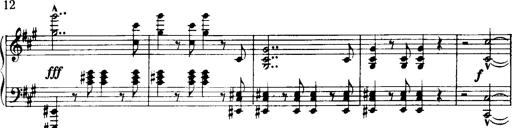
Title: Historische ungarische Bildnisse
Composer: Franz Liszt